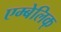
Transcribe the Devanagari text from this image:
एम्बेलिक्